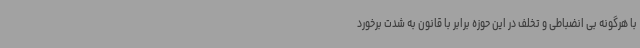
با هرگونه بی انضباطی و تخلف در این حوزه برابر با قانون به شدت برخورد